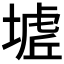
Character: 𭏟